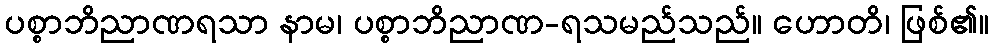
ပစ္စာဘိညာဏရသာ နာမ၊ ပစ္စာဘိညာဏ-ရသမည်သည်။ ဟောတိ၊ ဖြစ်၏။